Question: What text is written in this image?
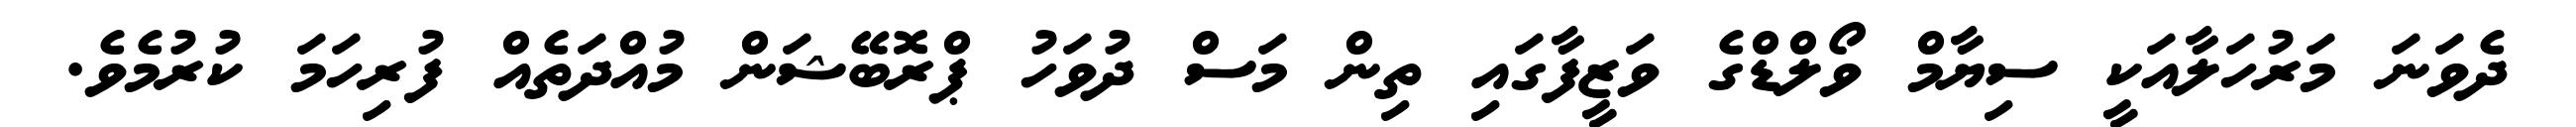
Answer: ދެވަނަ މަރުހަލާއަކީ ސިޔާމް ވޯލްޑްގެ ވަޒީފާގައި ތިން މަސް ދުވަހު ޕްރޮބޭޝަން މުއްދަތެއް ފުރިހަމަ ކުރުމެވެ.